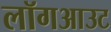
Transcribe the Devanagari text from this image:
लॉगआउट